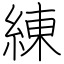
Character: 練